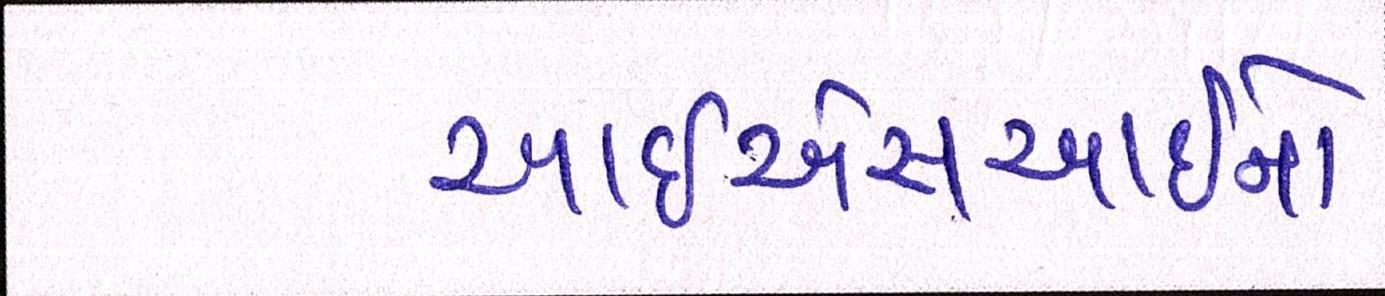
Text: આઇએસઆઇનો